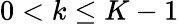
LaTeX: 0<k\leq K-1